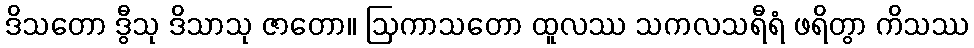
ဒိသတော ဒွီသု ဒိသာသု ဇာတော။ ဩကာသတော ထူလဿ သကလသရီရံ ဖရိတွာ ကိသဿ